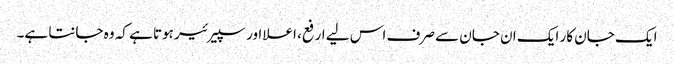
ایک جان کار ایک ان جان سے صرف اس لیے ارفع، اعلا اور سپیرئیر ہوتا ہے کہ وہ جانتا ہے۔